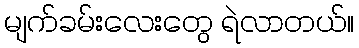
မျက်ခမ်းလေးတွေ ရဲလာတယ်။